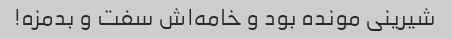
شیرینی مونده بود و خامه‌اش سفت و بدمزه!